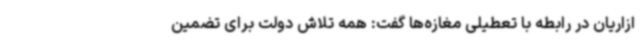
ازاریان در رابطه با تعطیلی مغازه‌ها گفت: همه تلاش دولت برای تضمین